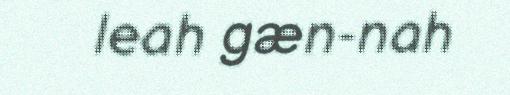
leah gæn-nah